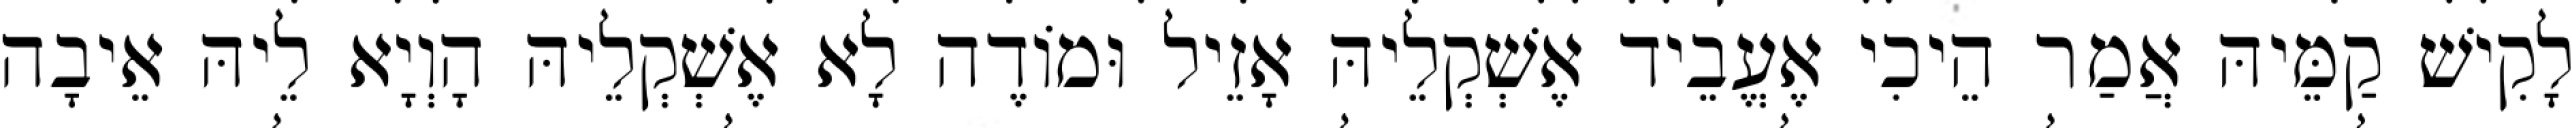
לָקִישׁ קַמֵּיהּ אֲמַר הֵיכִי אֶעֱבֵיד אֶשְׁקְלֵיהּ אָזֵיל וּמוֹדֶה לָא אֶשְׁקְלֵיהּ הָוְיָא לֵיהּ אֵיבָה